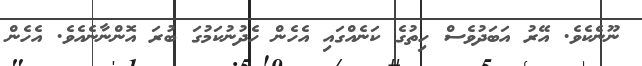
ނޫނެކެވެ. އޭރު އަބަދުވެސް ހިތުގެ ކަނެއްގައި އެހެން ހެދުނުކަމުގަ ބުރަ އޮންނާނެއެވެ. އެހެން